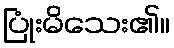
ပြုံးမိသေး၏။